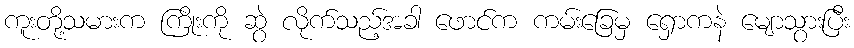
ကူးတို့သမားက ကြိုးကို ဆွဲ လိုက်သည့်အခါ ဖောင်က ကမ်းခြေမှ ရှောကနဲ မျောသွားပြီး